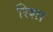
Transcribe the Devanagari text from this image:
रिशा